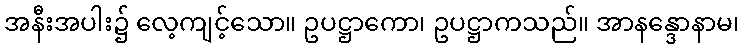
အနီးအပါး၌ လေ့ကျင့်သော။ ဥပဋ္ဌာကော၊ ဥပဋ္ဌာကသည်။ အာနန္ဒောနာမ၊